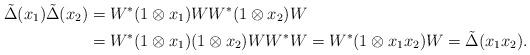
LaTeX: \begin{align*}\tilde{\Delta}(x_1)\tilde{\Delta}(x_2)&=W^*(1\otimes x_1)WW^*(1\otimes x_2)W \\&=W^*(1\otimes x_1)(1\otimes x_2)WW^*W=W^*(1\otimes x_1x_2)W=\tilde{\Delta}(x_1x_2).\end{align*}